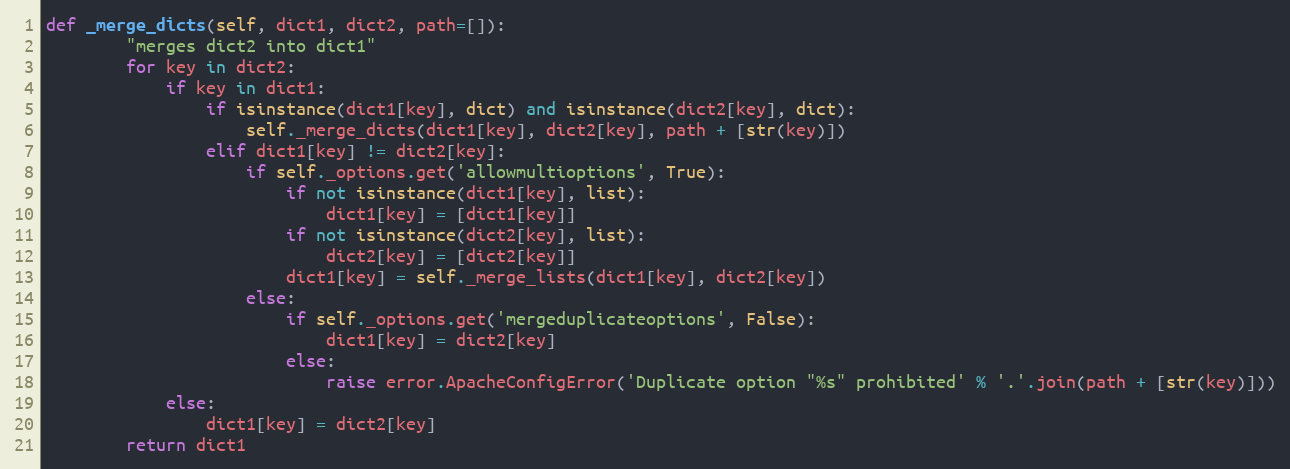
Language: Python
def _merge_dicts(self, dict1, dict2, path=[]):
        "merges dict2 into dict1"
        for key in dict2:
            if key in dict1:
                if isinstance(dict1[key], dict) and isinstance(dict2[key], dict):
                    self._merge_dicts(dict1[key], dict2[key], path + [str(key)])
                elif dict1[key] != dict2[key]:
                    if self._options.get('allowmultioptions', True):
                        if not isinstance(dict1[key], list):
                            dict1[key] = [dict1[key]]
                        if not isinstance(dict2[key], list):
                            dict2[key] = [dict2[key]]
                        dict1[key] = self._merge_lists(dict1[key], dict2[key])
                    else:
                        if self._options.get('mergeduplicateoptions', False):
                            dict1[key] = dict2[key]
                        else:
                            raise error.ApacheConfigError('Duplicate option "%s" prohibited' % '.'.join(path + [str(key)]))
            else:
                dict1[key] = dict2[key]
        return dict1